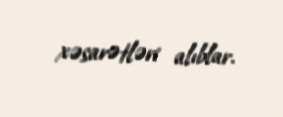
xəsarətləri alıblar.